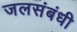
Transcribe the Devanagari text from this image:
जलसंबंधी